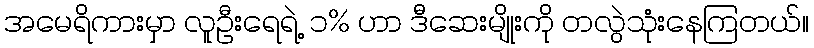
အမေရိကားမှာ လူဦးရေရဲ့ ၁% ဟာ ဒီဆေးမျိုးကို တလွဲသုံးနေကြတယ်။